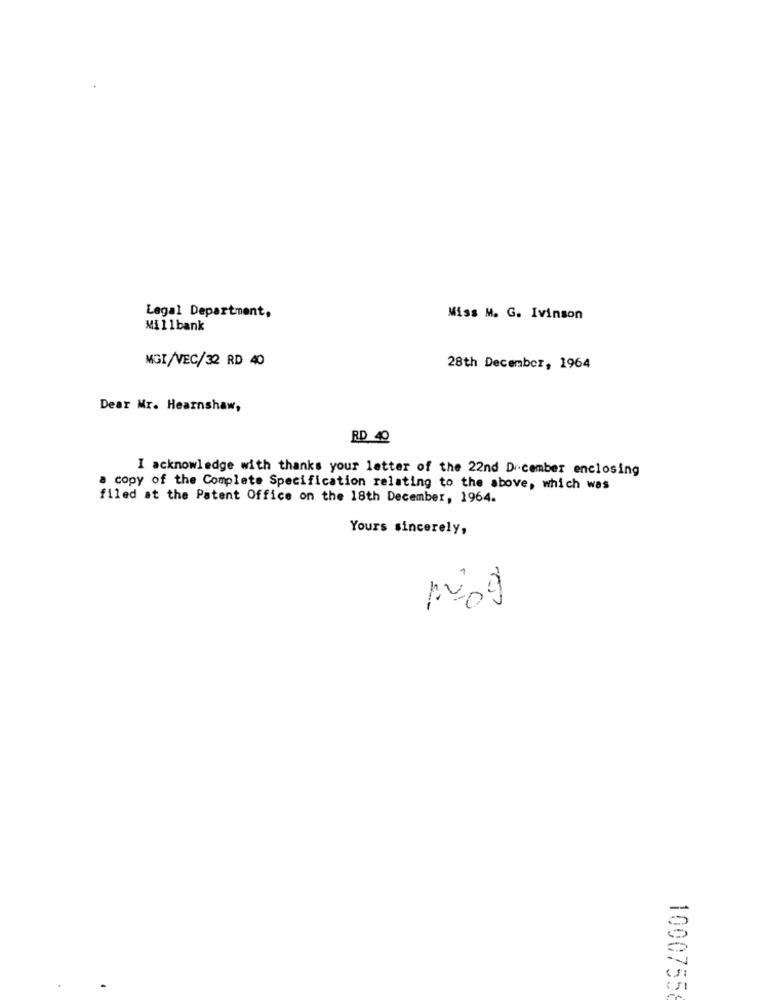
Legal Department,
Miss M. G. Ivinson
Millbank
MGI/VEC/32 RD 40
28th December, 1964
Dear Mr. Hearnshaw,
RD 40
I acknowledge with thanks your letter of the 22nd December enclosing
a copy of the Complete Specification relating to the above, which was
filed at the Patent Office on the 18th December, 1964.
Yours sincerely,
1000755